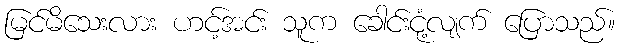
မြင်မိသေးလား ဟင့်အင်း သူက ခေါင်းငုံ့လျက် ပြောသည်။